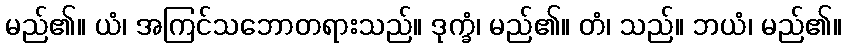
မည်၏။ ယံ၊ အကြင်သဘောတရားသည်။ ဒုက္ခံ၊ မည်၏။ တံ၊ သည်။ ဘယံ၊ မည်၏။